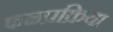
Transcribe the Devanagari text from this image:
फळप्रक्रिया